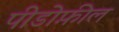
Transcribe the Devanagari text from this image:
पीडोफ़ील